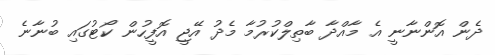
ދެން އޮންނާނީ އެ މާއްދާ ބާތިލްކުރުމާ މެދު އޭޖީ އޮފީހުން ކޯޓުގައި ބުނާނެ